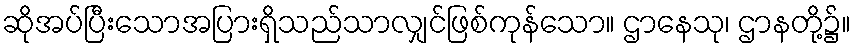
ဆိုအပ်ပြီးသောအပြားရှိသည်သာလျှင်ဖြစ်ကုန်သော။ ဌာနေသု၊ ဌာနတို့၌။